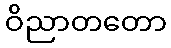
ဝိညာတတော